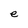
Character: e